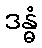
ဒန္ဓံ